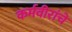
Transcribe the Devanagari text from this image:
कर्मवीरांचे